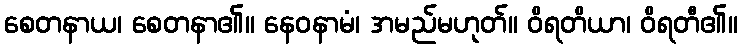
စေတနာယ၊ စေတနာ၏။ နေဝနာမံ၊ အမည်မဟုတ်။ ဝိရတိယာ၊ ဝိရတီ၏။